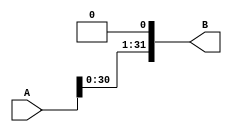
module left_shift_by_1(B, A);
	input [31:0] A;
	output [31:0] B;

	genvar a;
	generate
	for (a=0; a < 31; a = a + 1) begin: lp1
		assign B[a+1] = A[a];
	end
	assign B[0] = 1'b0;
	endgenerate
endmodule